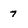
Character: 7